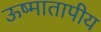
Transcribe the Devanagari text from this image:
ऊष्मातापीय